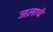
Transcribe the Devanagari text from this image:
जलाचे